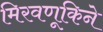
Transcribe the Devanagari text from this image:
मिरवणूकिने